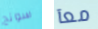
سونج معآ